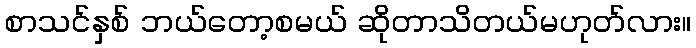
စာသင်နှစ် ဘယ်တော့စမယ် ဆိုတာသိတယ်မဟုတ်လား။